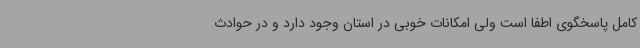
کامل پاسخگوی اطفا است ولی امکانات خوبی در استان وجود دارد و در حوادث